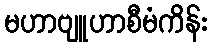
မဟာဗျူဟာစီမံကိန်း